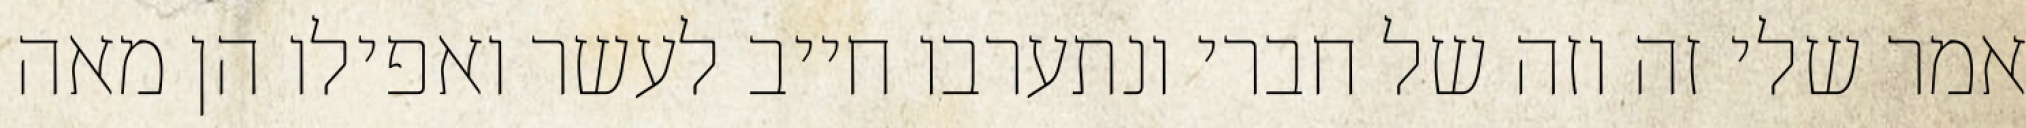
אמר שלי זה וזה של חברי ונתערבו חייב לעשר ואפילו הן מאה